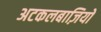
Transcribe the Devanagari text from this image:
अटकलबाज़ियों